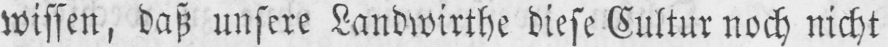
wissen, daß unsere Landwirthe diese Cultur noch nicht